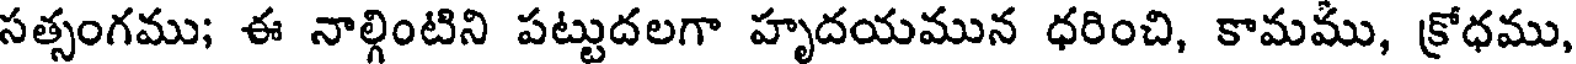
సత్సంగము; ఈ నాల్గింటిని పట్టుదలగా హృదయమున ధరించి, కామము, క్రోధము,